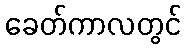
ခေတ်ကာလတွင်